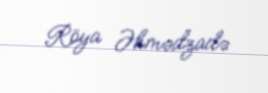
Röya Əhmədzadə